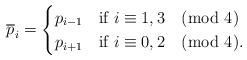
LaTeX: \begin{align*}\overline{p}_i=\begin{cases}p_{i-1} &\mbox{if $i \equiv 1,3 \pmod{4}$} \\p_{i+1} &\mbox{if $i\equiv 0,2\pmod{4}$.} \\\end{cases}\end{align*}